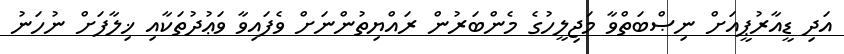
އަދި ޑީއާރުޕީއަށް ނިޞްބަތްވާ މަޖިލީހުގެ މެންބަރުން ރައްޔިތުންނަށް ވެފައިވާ ވަޢުދުތަކާއި ޚިލާފަށް ނުހަނު